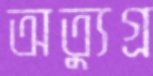
অত্যুগ্র